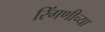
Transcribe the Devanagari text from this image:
रिंगणीच्या